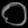
Digit: ၀